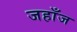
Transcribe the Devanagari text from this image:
जहाँज